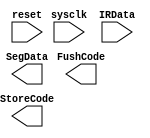
module IR_FSM_bak(
			sysclk,
			reset,
			IRData,
			
			SegData,
			StoreCode,
			FushCode

);

input wire sysclk;
input wire reset;
input wire[31:0] IRData;

output wire[31:0] SegData;
output wire 		StoreCode;
output wire 		FushCode;







endmodule